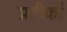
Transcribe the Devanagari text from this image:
प्रतीकोंं